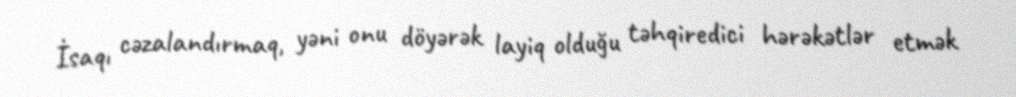
İsaqı cəzalandırmaq, yəni onu döyərək layiq olduğu təhqiredici hərəkətlər etmək